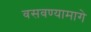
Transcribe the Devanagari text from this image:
वसवण्यामागे